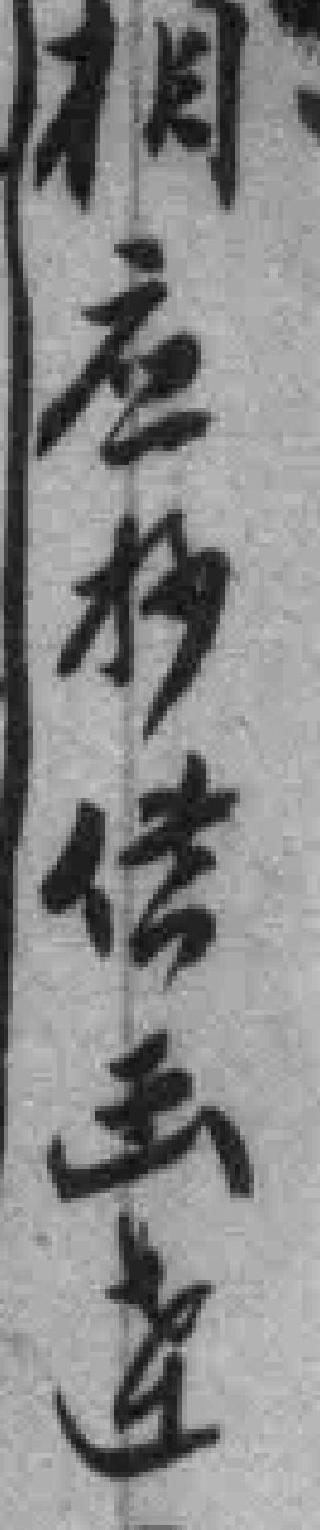
相应抄供函達